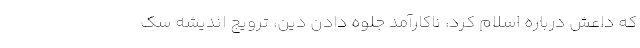
که داعش درباره اسلام کرد، ناکارآمد جلوه دادن دین، ترویج اندیشه سک